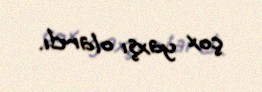
çox yaxşı olardı.